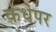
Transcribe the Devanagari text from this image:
कंधेपर